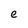
Character: e